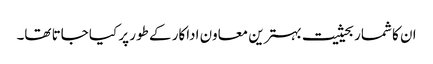
ان کا شمار بحیثیت بہترین معاون اداکار کے طور پر کیا جاتا تھا۔